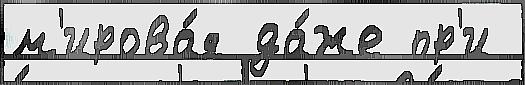
м'ирова́я да́же пр'и